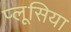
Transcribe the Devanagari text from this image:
प्लूसिया